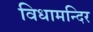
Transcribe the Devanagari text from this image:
विधामन्दिर